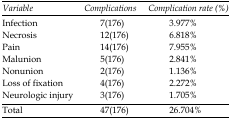
<table><thead><tr><td><b>Variable</b></td><td><b>Complications</b></td><td><b>Complication rate (%)</b></td></tr></thead><tbody><tr><td>Infection</td><td>7(176)</td><td>3.977%</td></tr><tr><td>Necrosis</td><td>12(176)</td><td>6.818%</td></tr><tr><td>Pain</td><td>14(176)</td><td>7.955%</td></tr><tr><td>Malunion</td><td>5(176)</td><td>2.841%</td></tr><tr><td>Nonunion</td><td>2(176)</td><td>1.136%</td></tr><tr><td>Loss of fixation</td><td>4(176)</td><td>2.272%</td></tr><tr><td>Neurologic injury</td><td>3(176)</td><td>1.705%</td></tr><tr><td>Total</td><td>47(176)</td><td>26.704%</td></tr></tbody></table>